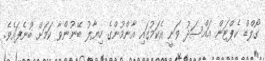
ގޯލްޑް ކެޕްޓަން އައްސަދު ވަނީ އެކަމުގައި އާންމުންގެ ހިޔާލު ބޭނުންވާ ކަމަށް ބުނެފައެވެ.